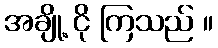
အချို့ ငို ကြသည် ။